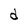
Character: d